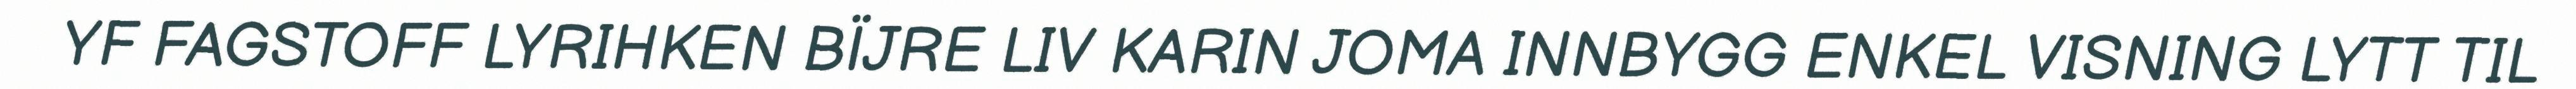
YF FAGSTOFF LYRIHKEN BÏJRE LIV KARIN JOMA INNBYGG ENKEL VISNING LYTT TIL